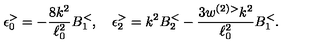
\epsilon _ { 0 } ^ { > } = - \frac { 8 k ^ { 2 } } { \ell _ { 0 } ^ { 2 } } B _ { 1 } ^ { < } , \quad \epsilon _ { 2 } ^ { > } = k ^ { 2 } B _ { 2 } ^ { < } - \frac { 3 w ^ { ( 2 ) > } k ^ { 2 } } { \ell _ { 0 } ^ { 2 } } B _ { 1 } ^ { < } .